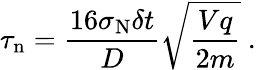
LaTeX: \tau_{\mathrm{n}}=\frac{16\sigma_{\mathrm{N}}\delta t}{D}\sqrt{\frac{Vq}{2m}}\ .